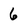
Character: 6